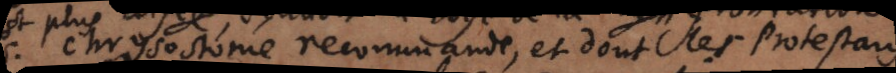
Chrysostome recommande, et dont les protestans